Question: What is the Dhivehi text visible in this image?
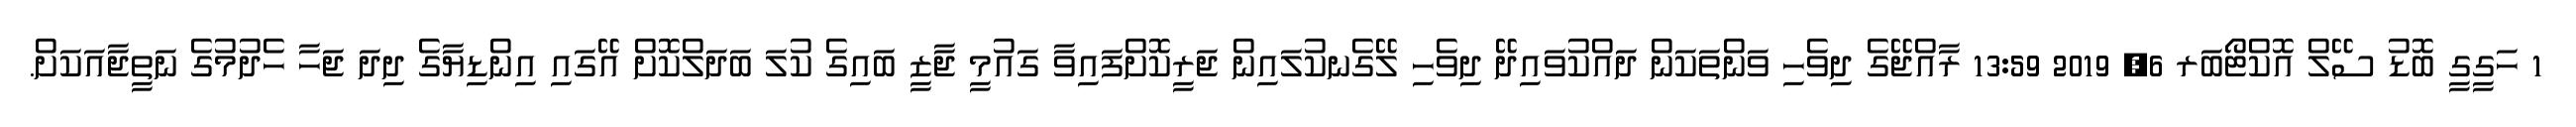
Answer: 1 ހަގީގީ ބޮޑު ސޭލް އޮކްޓޯބަރ 6, 2019 13:59 ރާއްޖޭގެ ދިވެހި ވަންތަކަން ދައްކުވައިދޭ ދިވެހި ލޭގެނކުލައިން ޖަރީކޮށްފައިވާ ގައުމީ ޖާޒީ ބައިގެ ކުލަ ބަދަލްކޮށް އޭގައި އިންޑިޔާގެ ދިދަ ޖަހާ ހެދުމުގެ ނަތީޖާއަކަށް.